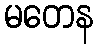
မတေန